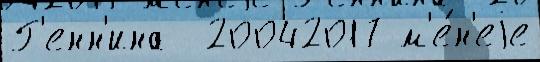
Г'енн'ина  20042017 м'е́н'еjе